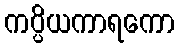
ကပ္ပိယကာရကော